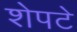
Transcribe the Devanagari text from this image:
शेपटे